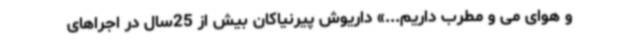
و هوای می‌ و مطرب داریم...» داریوش پیرنیاکان بیش از 25‌سال در اجراهای